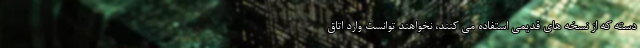
دسته که از نسخه های قدیمی استفاده می کنند، نخواهند توانست وارد اتاق